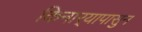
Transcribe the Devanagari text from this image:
किनार्‍यापासुन